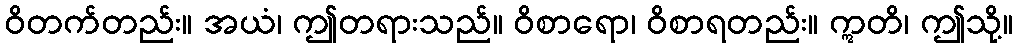
ဝိတက်တည်း။ အယံ၊ ဤတရားသည်။ ဝိစာရော၊ ဝိစာရတည်း။ ဣတိ၊ ဤသို့။